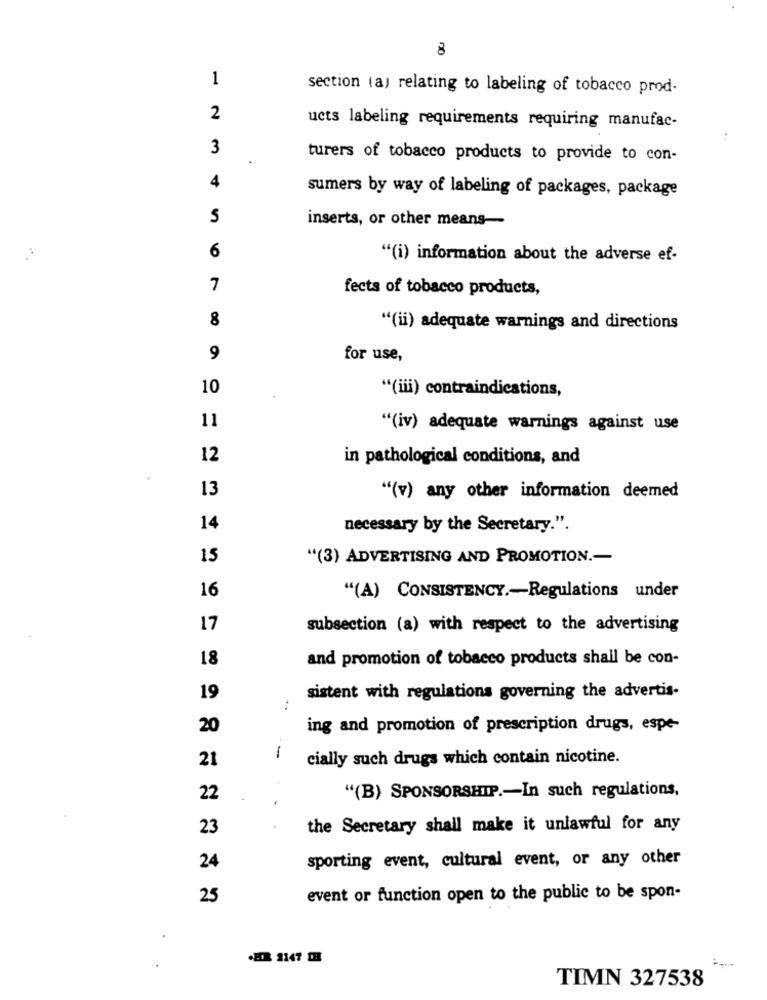
8
1
section (a) relating to labeling of tobacco prod-
2
ucts labeling requirements requiring manufac-
..
3
turers of tobacco products to provide to con-
4
sumers by way of labeling of packages, package
5
inserts, or other means-
6
"(i) information about the adverse ef-
7
fects of tobacco products,
8
"(ii) adequate warnings and directions
9
for use,
10
"(iii) contraindications,
11
"(iv) adequate warnings against use
12
in pathological conditions, and
13
"(v) any other information deemed
14
necessary by the Secretary.".
15
"(3) ADVERTISING AND PROMOTION .-
16
"(A) CONSISTENCY .- Regulations under
17
subsection (a) with respect to the advertising
18
and promotion of tobacco products shall be con-
19
sistent with regulations governing the advertis-
20
ing and promotion of prescription drugs, espe-
21
1
cially such drugs which contain nicotine.
4
"(B) SPONSORSHIP .- In such regulations,
22
23
the Secretary shall make it unlawful for any
24
sporting event, cultural event, or any other
25
event or function open to the public to be spon-
.ER 3147 DB
TIMN 327538